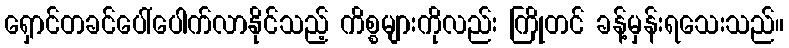
ရှောင်တခင်ပေါ်ပေါက်လာနိုင်သည့် ကိစ္စများကိုလည်း ကြိုတင် ခန့်မှန်းရသေးသည်။